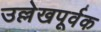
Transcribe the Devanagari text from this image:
उल्लेखपूर्वक